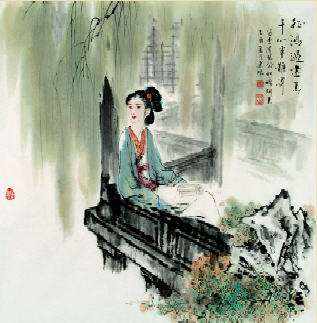
是他春带愁来，春归何处。